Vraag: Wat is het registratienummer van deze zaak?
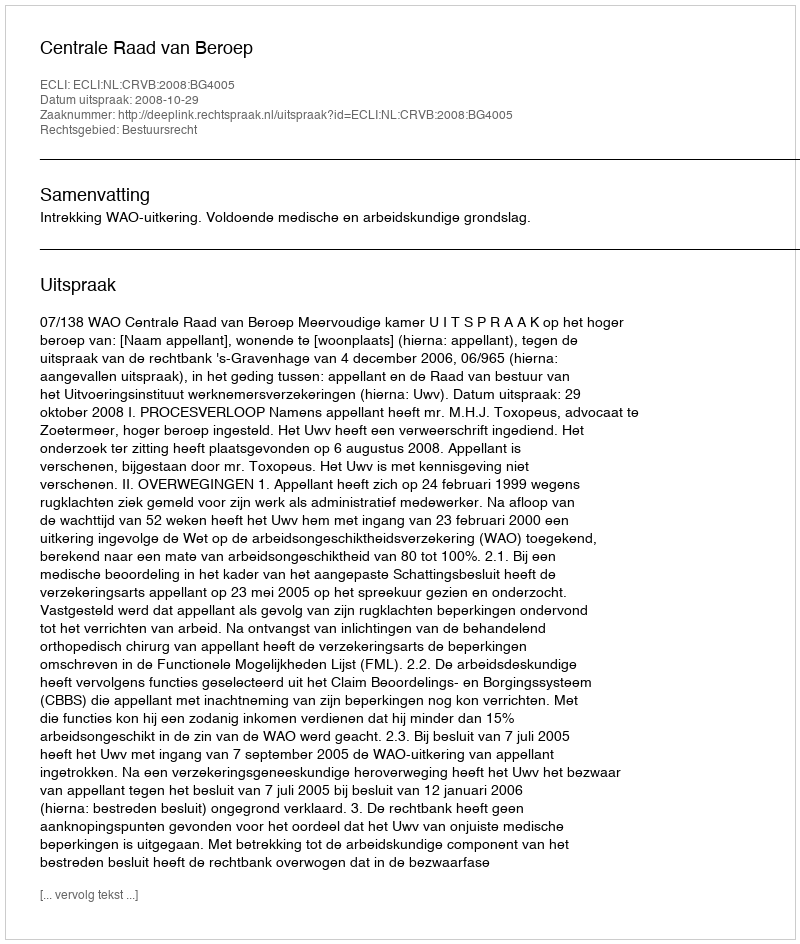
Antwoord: http://deeplink.rechtspraak.nl/uitspraak?id=ECLI:NL:CRVB:2008:BG4005